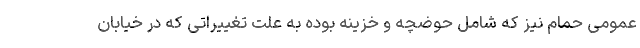
عمومی حمام نیز که شامل حوضچه و خزینه بوده به علت تغییراتی که در خیابان